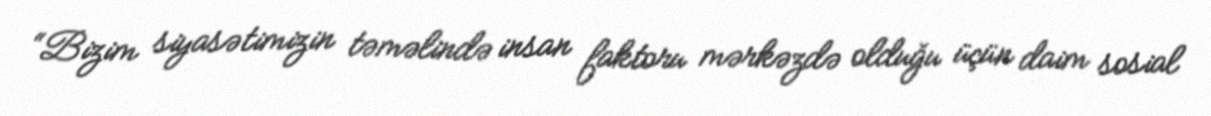
“Bizim siyasətimizin təməlində insan faktoru mərkəzdə olduğu üçün daim sosial